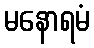
မနောရမံ